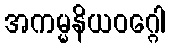
အကမ္မနိယဝဂ္ဂေါ